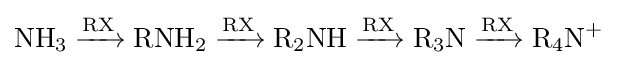
{\mathrm {NH} {\vphantom {A}}_{\smash[{t}]{3}}{}\mathrel {\xrightarrow {\mathrm {RX} } } {}\mathrm {RNH} {\vphantom {A}}_{\smash[{t}]{2}}{}\mathrel {\xrightarrow {\mathrm {RX} } } {}\mathrm {R} {\vphantom {A}}_{\smash[{t}]{2}}\mathrm {NH} {}\mathrel {\xrightarrow {\mathrm {RX} } } {}\mathrm {R} {\vphantom {A}}_{\smash[{t}]{3}}\mathrm {N} {}\mathrel {\xrightarrow {\mathrm {RX} } } {}\mathrm {R} {\vphantom {A}}_{\smash[{t}]{4}}\mathrm {N} {\vphantom {A}}^{+}}